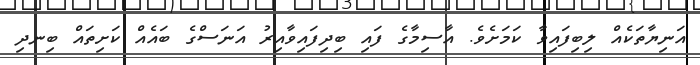
އަނިޔާތަކެއް ލިބިފައިވާ ކަމަށެވެ. އާސިމާގެ ފައި ބިދިފައިވާއިރު އަނަސްގެ ބައެއް ކަށިތައް ބިނދި